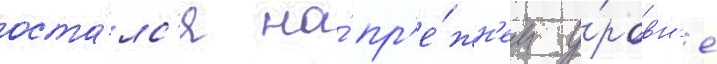
оста́лс'я на́ пр'е́жн'ем у́ровн'е